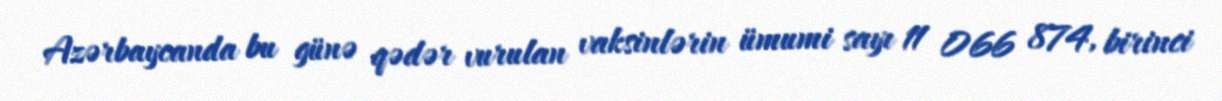
Azərbaycanda bu günə qədər vurulan vaksinlərin ümumi sayı 11 066 874, birinci